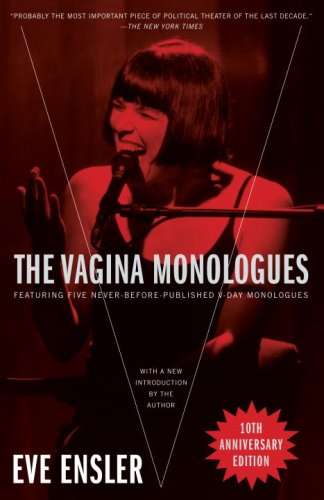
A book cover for The Vagina Monologues; Eve Ensler; Literature & Fiction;